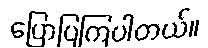
ပြောပြကြပါတယ်။